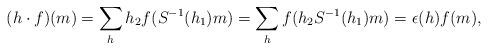
LaTeX: \begin{align*}(h\cdot f)(m)=\sum_h h_2f(S^{-1}(h_1)m)=\sum_h f(h_2S^{-1}(h_1)m)=\epsilon(h)f(m),\end{align*}